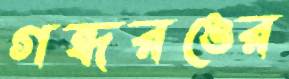
গন্ধরঙের